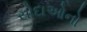
સોદાઓનો